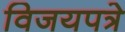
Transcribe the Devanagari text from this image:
विजयपत्रे